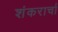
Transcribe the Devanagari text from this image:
शंकरार्चा